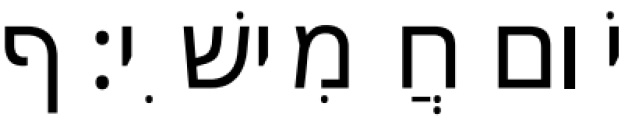
יֹום חֲמִישִׁי׃ ף